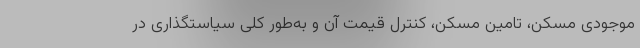
موجودی مسکن، تامین مسکن، کنترل قیمت آن و به‌طور کلی سیاستگذاری در